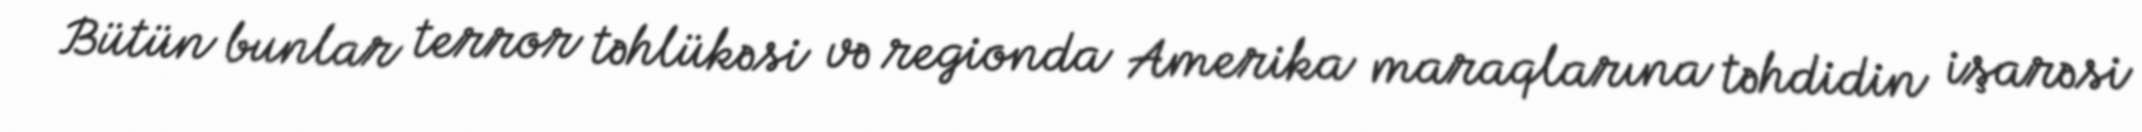
Bütün bunlar terror təhlükəsi və regionda Amerika maraqlarına təhdidin işarəsi